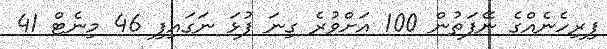
ފިރިހެނެއްގެ ނޭފަތުން 100 އަށްވުރެ ގިނަ ފުޅަ ނަގައިފި 46 މިނެޓް 41